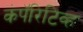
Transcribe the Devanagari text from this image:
कंपॅरिटिव्ह